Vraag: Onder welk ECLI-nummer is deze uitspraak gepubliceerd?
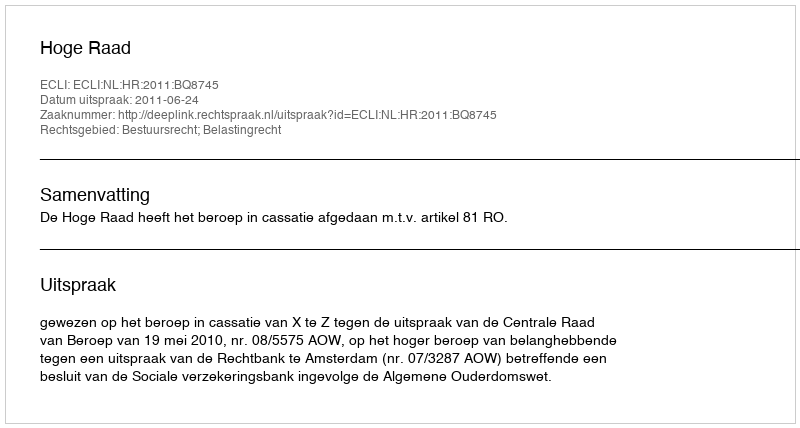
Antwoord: ECLI:NL:HR:2011:BQ8745